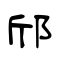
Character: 邤